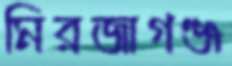
মিরজাগঞ্জ